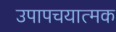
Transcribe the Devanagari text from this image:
उपापचयात्मक